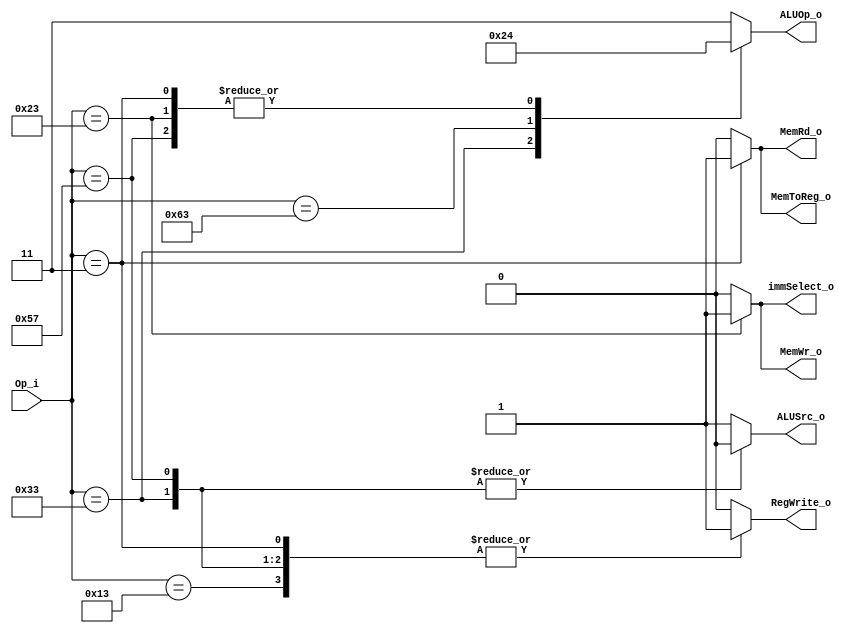
module Control(
    Op_i       ,
    ALUOp_o    ,
    ALUSrc_o   ,
    RegWrite_o ,
    MemRd_o,
    MemWr_o,
    MemToReg_o,
    immSelect_o
);

//ports

input [6:0]     Op_i;
output reg[1:0]     ALUOp_o;
output  reg      ALUSrc_o,immSelect_o;
output  reg    RegWrite_o ,MemRd_o,MemWr_o,MemToReg_o;




always@(*)begin

  case(Op_i)

  7'b0010011 : begin //addi
  ALUOp_o = 2'b11;
  ALUSrc_o = 1'b1;
  RegWrite_o = 1'b1;
  MemRd_o = 1'b0;
  MemWr_o = 1'b0;
  MemToReg_o = 1'b0;
  immSelect_o = 1'b0;
  end
  
  7'b0110011 : begin //others
  ALUOp_o = 2'b10;
  ALUSrc_o = 1'b0;
  RegWrite_o = 1'b1;
  MemRd_o = 1'b0;
  MemWr_o = 1'b0;
  MemToReg_o = 1'b0;
  immSelect_o = 1'b0;
  end

  7'b1100011 : begin //beq
  ALUOp_o = 2'b01;
  ALUSrc_o = 1'b1;
  RegWrite_o = 1'b0;
  MemRd_o = 1'b0;
  MemWr_o = 1'b0;
  MemToReg_o = 1'b0;
  immSelect_o = 1'b0;
  end

  7'b0000011 : begin //lw
  ALUOp_o = 2'b00;
  ALUSrc_o = 1'b1;
  MemRd_o = 1'b1;
  MemToReg_o = 1'b1;
  RegWrite_o = 1'b1;
  MemWr_o = 1'b0;
  immSelect_o = 1'b0;
  end

  7'b0100011 : begin //sw
  ALUOp_o = 2'b00;
  ALUSrc_o = 1'b1;
  MemWr_o = 1'b1;
  RegWrite_o = 1'b0;
  MemRd_o = 1'b0;
  MemToReg_o = 1'b0;
  immSelect_o = 1'b1;
  end

  //---------NEW-----------
  7'b1010111: begin //vector
  ALUOp_o = 2'b00; //useless
  ALUSrc_o = 1'b0;
  RegWrite_o = 1'b1;
  MemRd_o = 1'b0;
  MemWr_o = 1'b0;
  MemToReg_o = 1'b0;
  immSelect_o = 1'b0;
  end
  //---------NEW-----------

  default : begin
  ALUOp_o = 2'b11;
  ALUSrc_o = 1'b1;
  RegWrite_o = 1'b0;
  MemRd_o = 1'b0;
  MemWr_o = 1'b0;
  MemToReg_o = 1'b0;
  immSelect_o = 1'b0;
  end
  endcase
end
endmodule